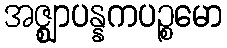
အဇ္ဈာပန္နကပဉ္စမော